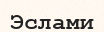
Эслами